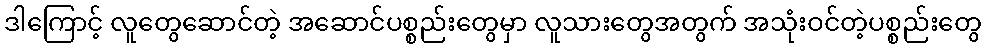
ဒါကြောင့် လူတွေဆောင်တဲ့ အဆောင်ပစ္စည်းတွေမှာ လူသားတွေအတွက် အသုံးဝင်တဲ့ပစ္စည်းတွေ